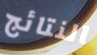
النتائج